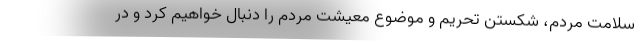
سلامت مردم، شکستن تحریم و موضوع معیشت مردم را دنبال خواهیم کرد و در